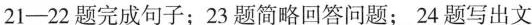
21-22 题完成句子;23 题简略回答问题; 24 题写出文